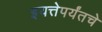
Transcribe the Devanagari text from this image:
इयत्तेपर्यंतचे